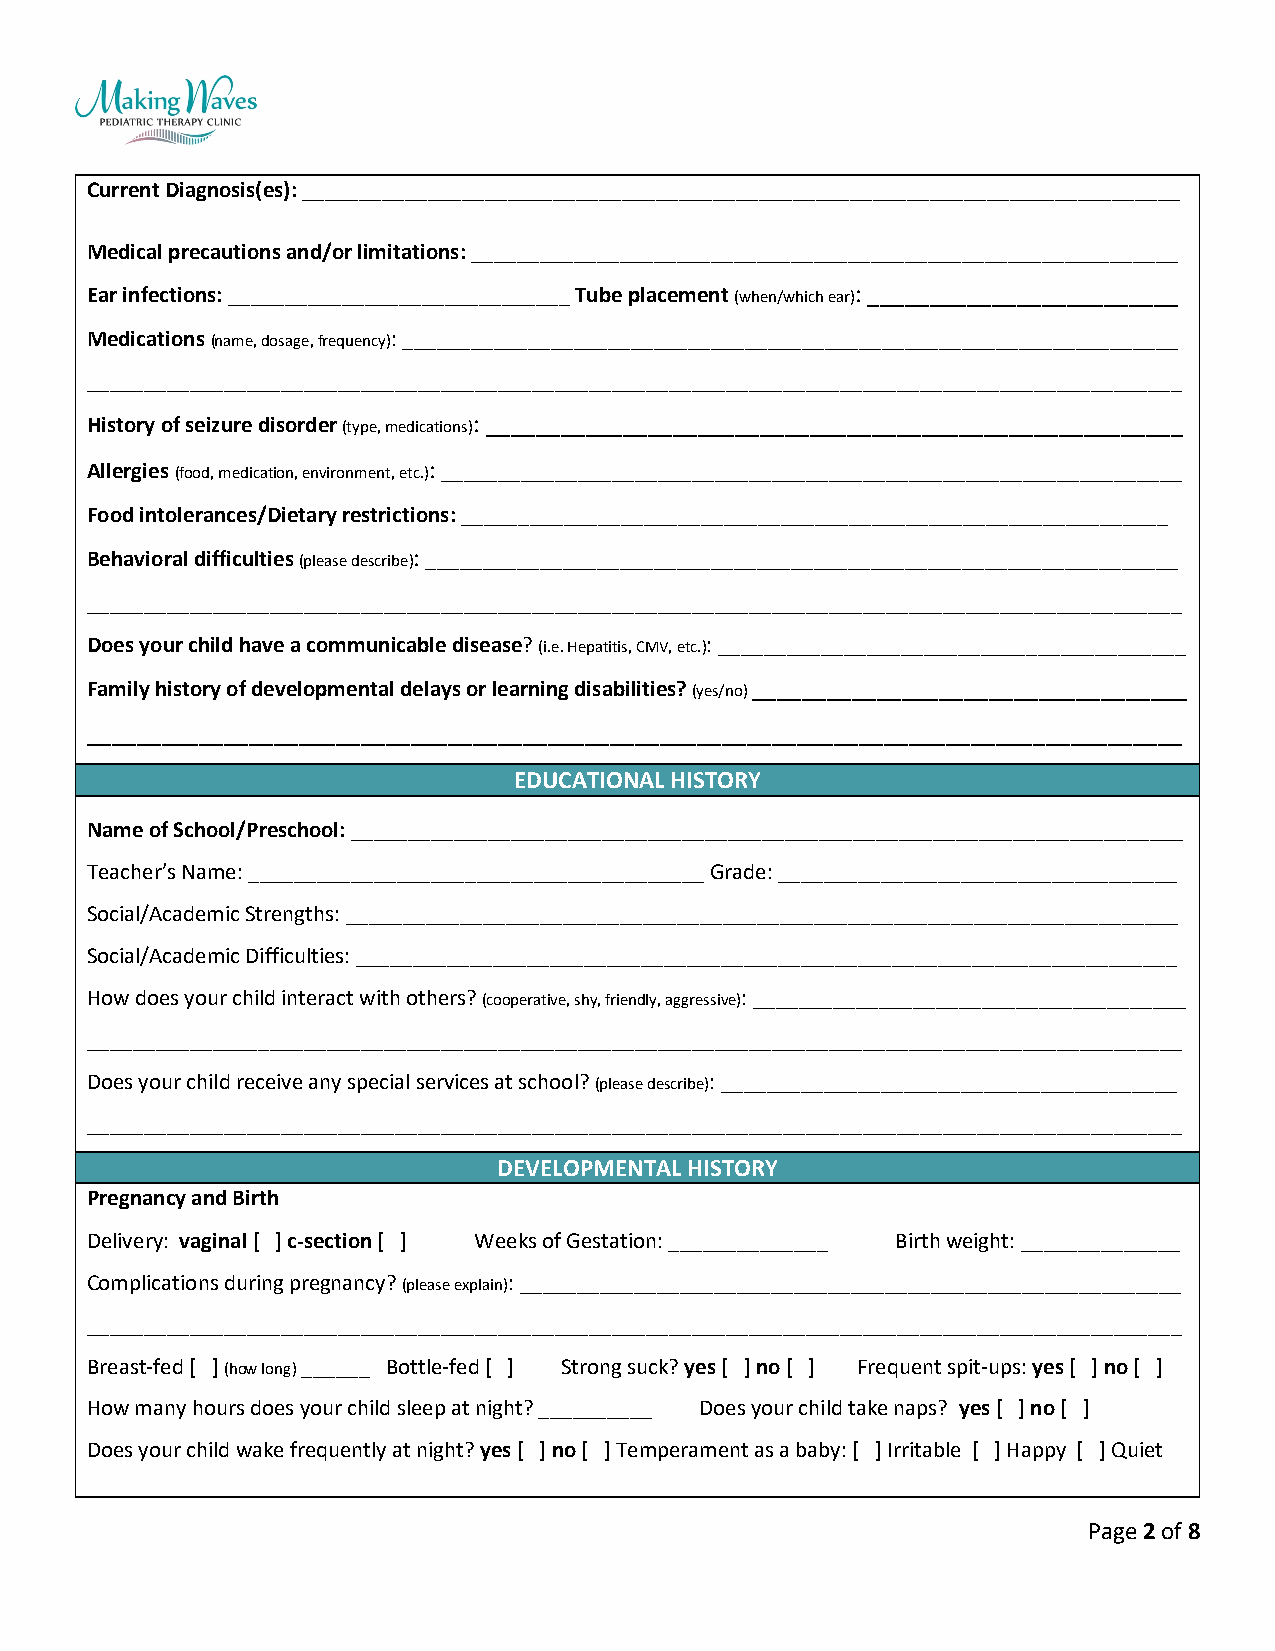
Current Diagnosis(es): _____________________________________________________________________________
 Medical precautions and/or limitations: ______________________________________________________________
 Ear infections: ______________________________ Tube placement (when/which ear): _________________________
 Medications (name, dosage, frequency): ____________________________________________________________________
 ________________________________________________________________________________________________
 History of seizure disorder (type, medications): ________________________________________________________
 Allergies (food, medication, environment, etc.): _________________________________________________________________
 Food intolerances/Dietary restrictions: ______________________________________________________________
 Behavioral difficulties (please describe): __________________________________________________________________
 ________________________________________________________________________________________________
 Does your child have a communicable disease? (i.e. Hepatitis, CMV, etc.): _________________________________________
 Family history of developmental delays or learning disabilities? (yes/no) ___________________________________
 ________________________________________________________________________________________
 EDUCATIONAL HISTORY
 Name of School/Preschool: _________________________________________________________________________
 Teacher’s Name: ________________________________________ Grade: ___________________________________
 Social/Academic Strengths: _________________________________________________________________________
 Social/Academic Difficulties: ________________________________________________________________________
 How does your child interact with others? (cooperative, shy, friendly, aggressive): ______________________________________
 ________________________________________________________________________________________________
 Does your child receive any special services at school? (please describe): ________________________________________
 ________________________________________________________________________________________________
 DEVELOPMENTAL HISTORY
 Pregnancy and Birth
 Delivery: vaginal [ ] c-section [ ] Weeks of Gestation: ______________ Birth weight: ______________
 Complications during pregnancy? (please explain): __________________________________________________________
 ________________________________________________________________________________________________
 Breast-fed [ ] (how long) ______ Bottle-fed [ ] Strong suck? yes [ ] no [ ] Frequent spit-ups: yes [ ] no [ ]
 How many hours does your child sleep at night? __________ Does your child take naps? yes [ ] no [ ]
 Does your child wake frequently at night? yes [ ] no [ ] Temperament as a baby: [ ] Irritable [ ] Happy [ ] Quiet
 Page 2 of 8